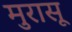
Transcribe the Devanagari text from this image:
मुरासू